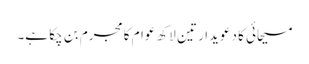
مسیحائی کا دعویدار تین لاکھ عوام کا مجرم بن چکا ہے۔